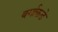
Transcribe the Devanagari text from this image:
वर्गाकडे